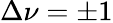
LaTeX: \Delta\nu=\pm 1